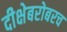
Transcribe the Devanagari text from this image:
दीक्षेबरोबरच